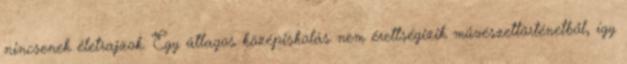
nincsenek életrajzok. Egy átlagos középiskolás nem érettségizik művészettörténetből, így